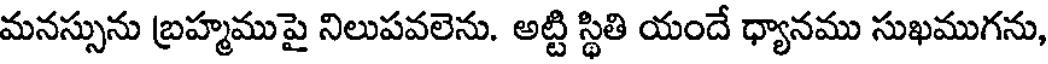
మనస్సును బ్రహ్మముపై నిలుపవలెను. అట్టి స్థితి యందే ధ్యానము సుఖముగను,